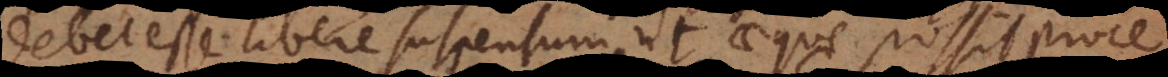
debet esse libere suspensum, ut aeque possit proce